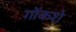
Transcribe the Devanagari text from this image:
गोंकशे